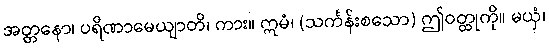
အတ္တနော၊ ပရိဏာမေယျာတိ၊ ကား။ ဣမံ၊ (သင်္ကန်းစသော) ဤဝတ္ထုကို။ မယှံ၊